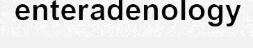
enteradenology